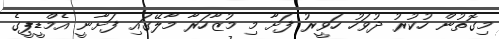
މިގޮތުން ހުކުރު ދުވަހު ހަވީރު ފަށާ މި މުޒާހަރާ މާލޭގައި ފަށާނީ އެމްޑީޕީގެ